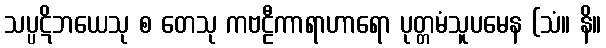
သပ္ပဋိဘယေသု စ တေသု ကဗဠီကာရာဟာရော ပုတ္တမံသူပမေန (သံ။ နိ။